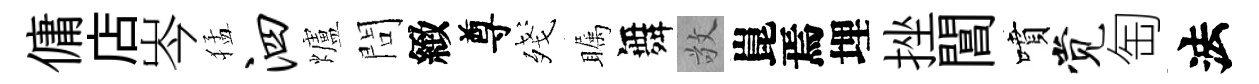
傭店岑猛泗爐問緻尊殘瞩舞敬崑焉埋挫閶噴觉匋法